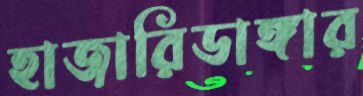
হাজারিডাঙ্গার